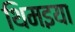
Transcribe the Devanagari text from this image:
थिमइया